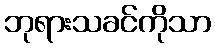
ဘုရားသခင်ကိုသာ